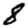
Digit: 8